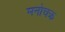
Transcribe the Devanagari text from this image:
मनोचक्र